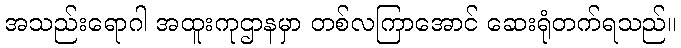
အသည်းရောဂါ အထူးကုဌာနမှာ တစ်လကြာအောင် ဆေးရုံတက်ရသည်။